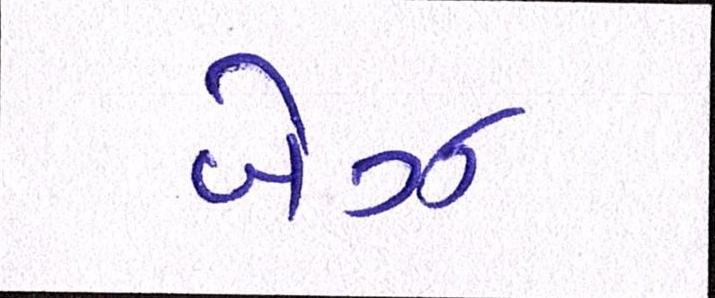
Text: બેઝ